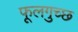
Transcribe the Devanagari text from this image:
फूलगुच्छ